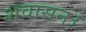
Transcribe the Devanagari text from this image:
शवासन।